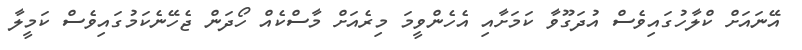
އޭނައަށް ކްލާހުގައިވެސް އުދަގޫވާ ކަމަށާއި އެހެންވީމަ މިރެއަށް މާސްކެއް ހޯދަން ޖެހޭނެކަމުގައިވެސް ކަމީލާ